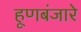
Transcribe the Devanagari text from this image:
हूणबंजारे